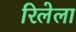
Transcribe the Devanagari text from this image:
रिलेला